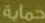
حماية